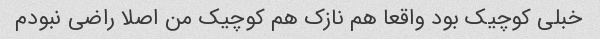
خبلی کوچیک بود واقعا هم نازک هم کوچیک من اصلا راضی نبودم